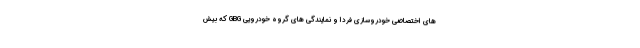
های اختصاصی خودروسازی فردا و نمایندگی های گروه خودرویی GBG که بیش